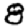
Digit: 8